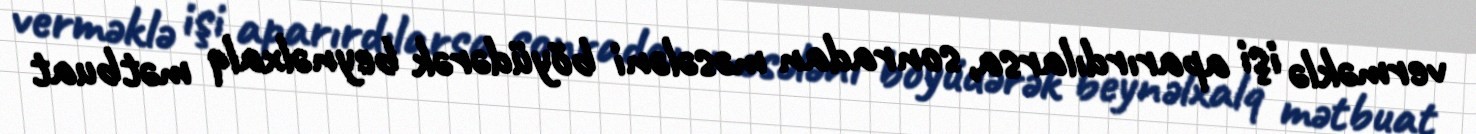
verməklə işi aparırdılarsa, sonradan məsələni böyüdərək beynəlxalq mətbuat